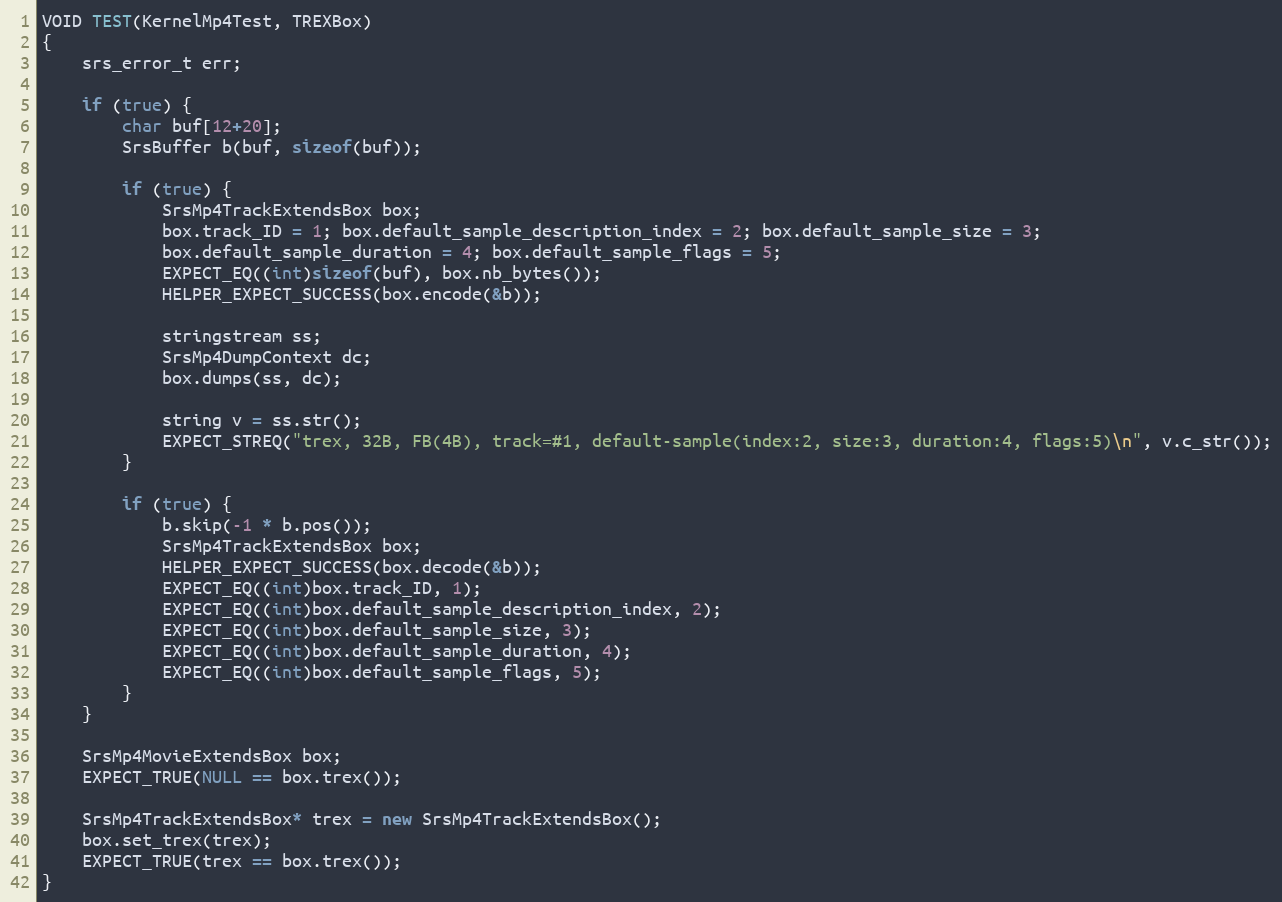
Language: C++
VOID TEST(KernelMp4Test, TREXBox)
{
    srs_error_t err;

    if (true) {
        char buf[12+20];
        SrsBuffer b(buf, sizeof(buf));

        if (true) {
            SrsMp4TrackExtendsBox box;
            box.track_ID = 1; box.default_sample_description_index = 2; box.default_sample_size = 3;
            box.default_sample_duration = 4; box.default_sample_flags = 5;
            EXPECT_EQ((int)sizeof(buf), box.nb_bytes());
            HELPER_EXPECT_SUCCESS(box.encode(&b));

            stringstream ss;
            SrsMp4DumpContext dc;
            box.dumps(ss, dc);

            string v = ss.str();
            EXPECT_STREQ("trex, 32B, FB(4B), track=#1, default-sample(index:2, size:3, duration:4, flags:5)\n", v.c_str());
        }

        if (true) {
            b.skip(-1 * b.pos());
            SrsMp4TrackExtendsBox box;
            HELPER_EXPECT_SUCCESS(box.decode(&b));
            EXPECT_EQ((int)box.track_ID, 1);
            EXPECT_EQ((int)box.default_sample_description_index, 2);
            EXPECT_EQ((int)box.default_sample_size, 3);
            EXPECT_EQ((int)box.default_sample_duration, 4);
            EXPECT_EQ((int)box.default_sample_flags, 5);
        }
    }

    SrsMp4MovieExtendsBox box;
    EXPECT_TRUE(NULL == box.trex());

    SrsMp4TrackExtendsBox* trex = new SrsMp4TrackExtendsBox();
    box.set_trex(trex);
    EXPECT_TRUE(trex == box.trex());
}